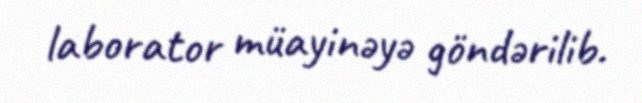
laborator müayinəyə göndərilib.